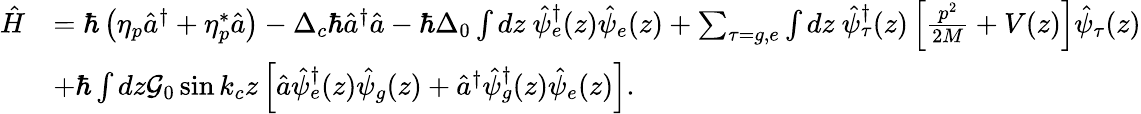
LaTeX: \begin{array}{rl}{\hat{H}}&{=\hbar\left(\eta_{p}\hat{a}^{\dagger}+\eta_{p}^{*}\hat{a}\right)-\Delta_{c}\hbar\hat{a}^{\dagger}\hat{a}-\hbar\Delta_{0}\int dz\ \hat{\psi}_{e}^{\dagger}(z)\hat{\psi}_{e}(z)+\sum_{\tau=g,e}\int dz\ \hat{\psi}_{\tau}^{\dagger}(z)\left[\frac{p^{2}}{2M}+V(z)\right]\hat{\psi}_{\tau}(z)}\\ &{+\hbar\int dz\mathcal{G}_{0}\sin k_{c}z\left[\hat{a}\hat{\psi}_{e}^{\dagger}(z)\hat{\psi}_{g}(z)+\hat{a}^{\dagger}\hat{\psi}_{g}^{\dagger}(z)\hat{\psi}_{e}(z)\right].}\end{array}